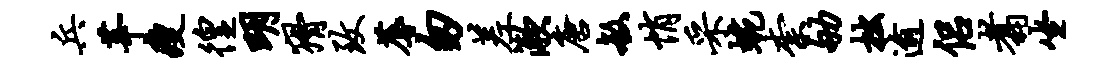
兵莘瘦徨明猾致蓐匆差漱唐敏悄采蜿柰劬拙逾侣翥坐